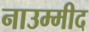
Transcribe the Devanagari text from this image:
नाउम्मीद